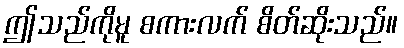
ဤသည်ကိုမူ စကားလက် စိတ်ဆိုးသည်။